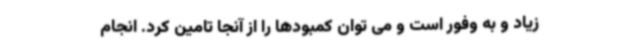
زیاد و به وفور است و می توان کمبودها را از آنجا تامین کرد. انجام